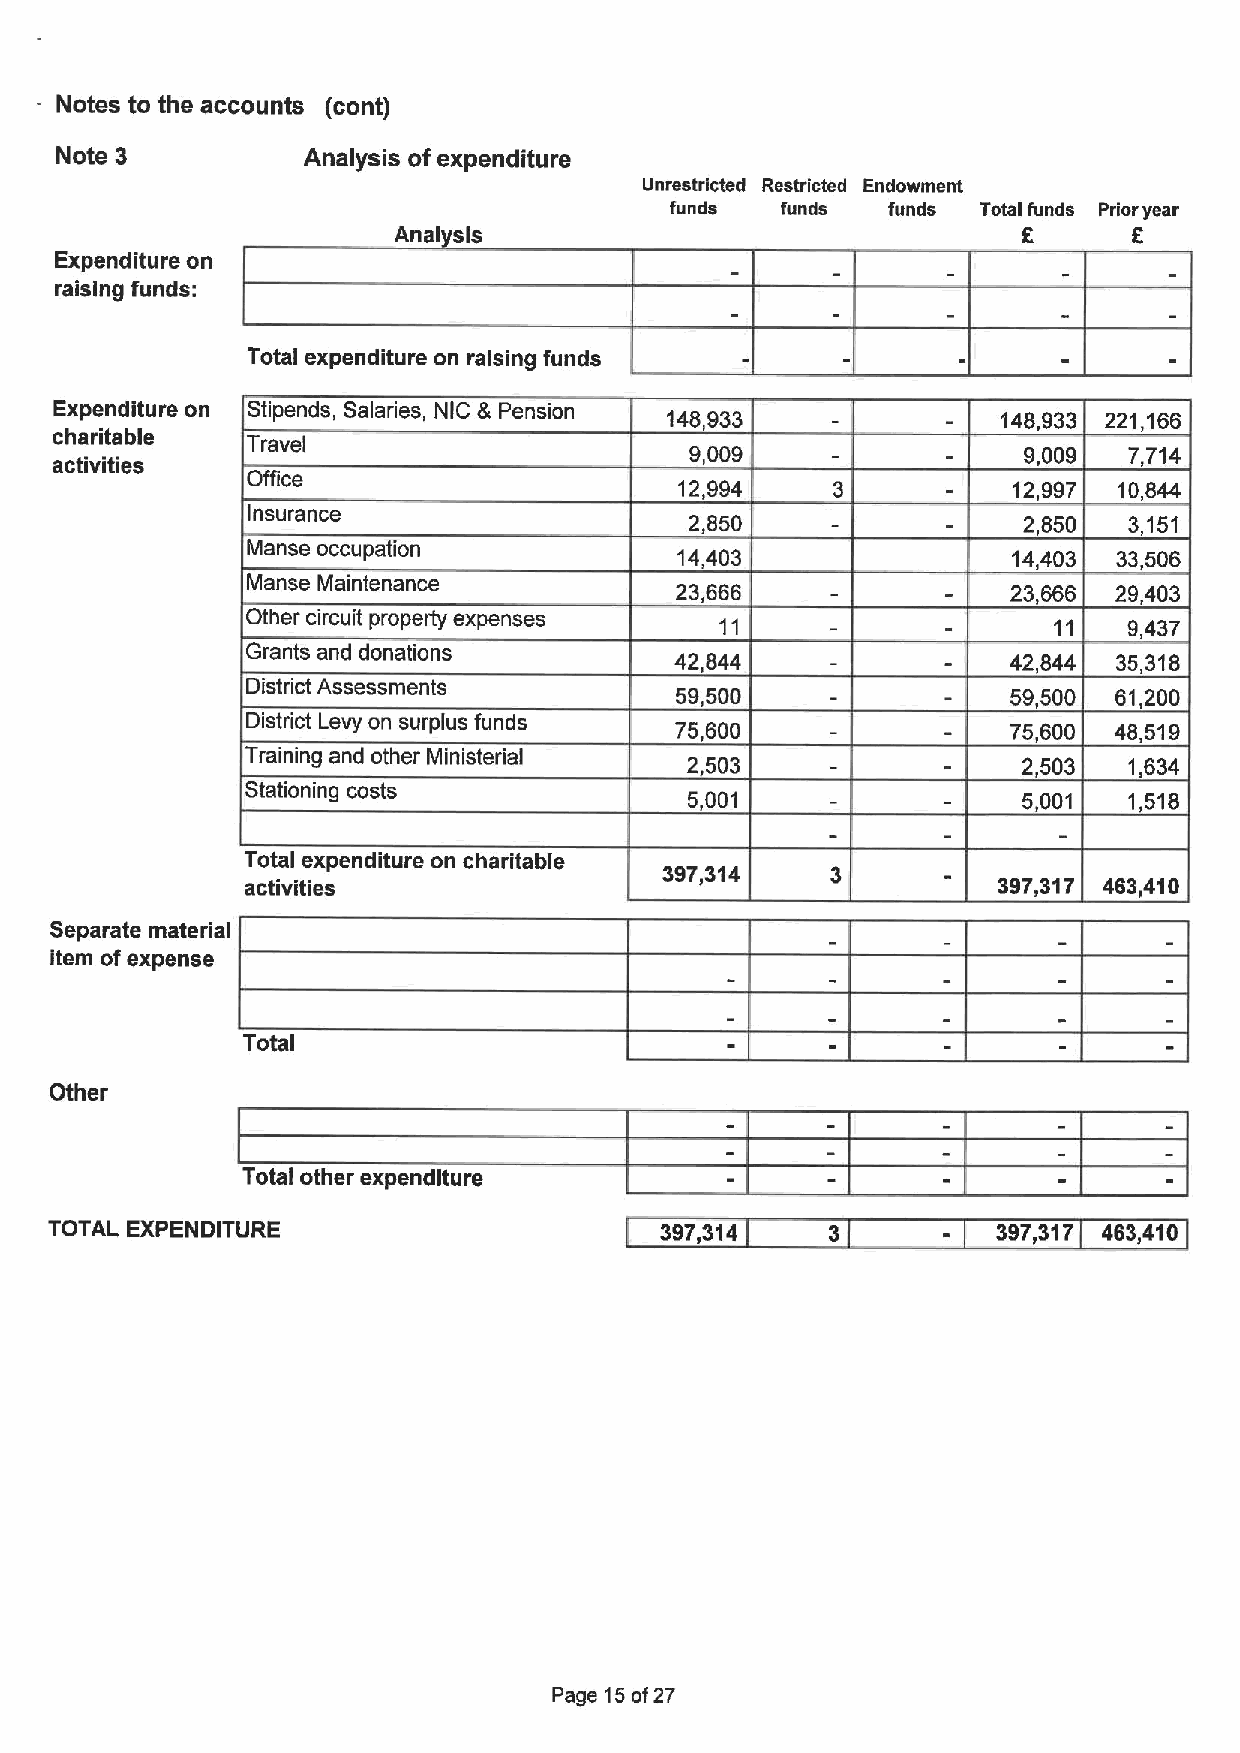
Notes to the accounts (cont)
 Note 3          Analysis ofexpenditure
 Unrestricted Restricted Endowment
 funds   funds  funds Total funds Prior year
 Anal sis                                  6      6
 Expenditure on
 raising funds:
 Total expenditure on raising funds
 Expenditure on Stipends, Salaries, NIC &Pension 148,933       148,933 221,166
 charitable
 Travel
 9,009                 9,009  7,714
 activities
 Office
 12,994                12,997 10,844
 Insurance
 2,850                 2,850  3,151
 Manse occupation
 14,403                14,403 33,506
 Manse Maintenance
 23,666                23,666 29,403
 Other circuit property expenses                       11   9,437
 Grants and donations
 42,844                42,844 35,318
 District Assessments
 59,500                59,500 61,200
 District Levy on surplus funds 75,600              75,600 48,519
 Training and other Ministerial 2 503                2,503  1,634
 Stationing costs
 5 001                 5,001  1,518
 Total expenditure on charitable
 397,314
 activities                                        397,317 463,410
 Separate material
 item ofexpense
 Total
 Other
 Total other expenditure
 TOTAL EXPENDITURE                        397,314    3          397,317 463,410
 Page 15of27